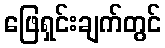
ဖြေရှင်းချက်တွင်